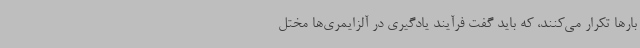
بارها تکرار می‌کنند، که باید گفت فرآیند یادگیری در آلزایمری‌ها مختل